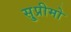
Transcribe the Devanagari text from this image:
सु्प्रीमो